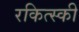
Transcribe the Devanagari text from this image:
रकित्स्की